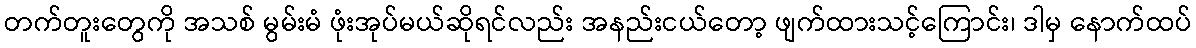
တက်တူးတွေကို အသစ် မွမ်းမံ ဖုံးအုပ်မယ်ဆိုရင်လည်း အနည်းငယ်တော့ ဖျက်ထားသင့်ကြောင်း၊ ဒါမှ နောက်ထပ်